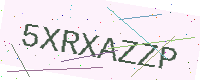
Text: 5XRXAZZP